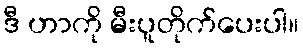
ဒီ ဟာကို မီးပူတိုက်ပေးပါ။